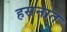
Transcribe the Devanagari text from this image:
हसनात